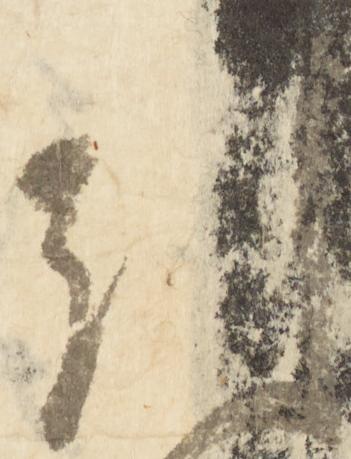
引